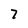
Character: 7